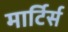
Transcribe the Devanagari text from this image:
मार्टिर्स